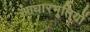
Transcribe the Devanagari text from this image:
आधारभूतियों